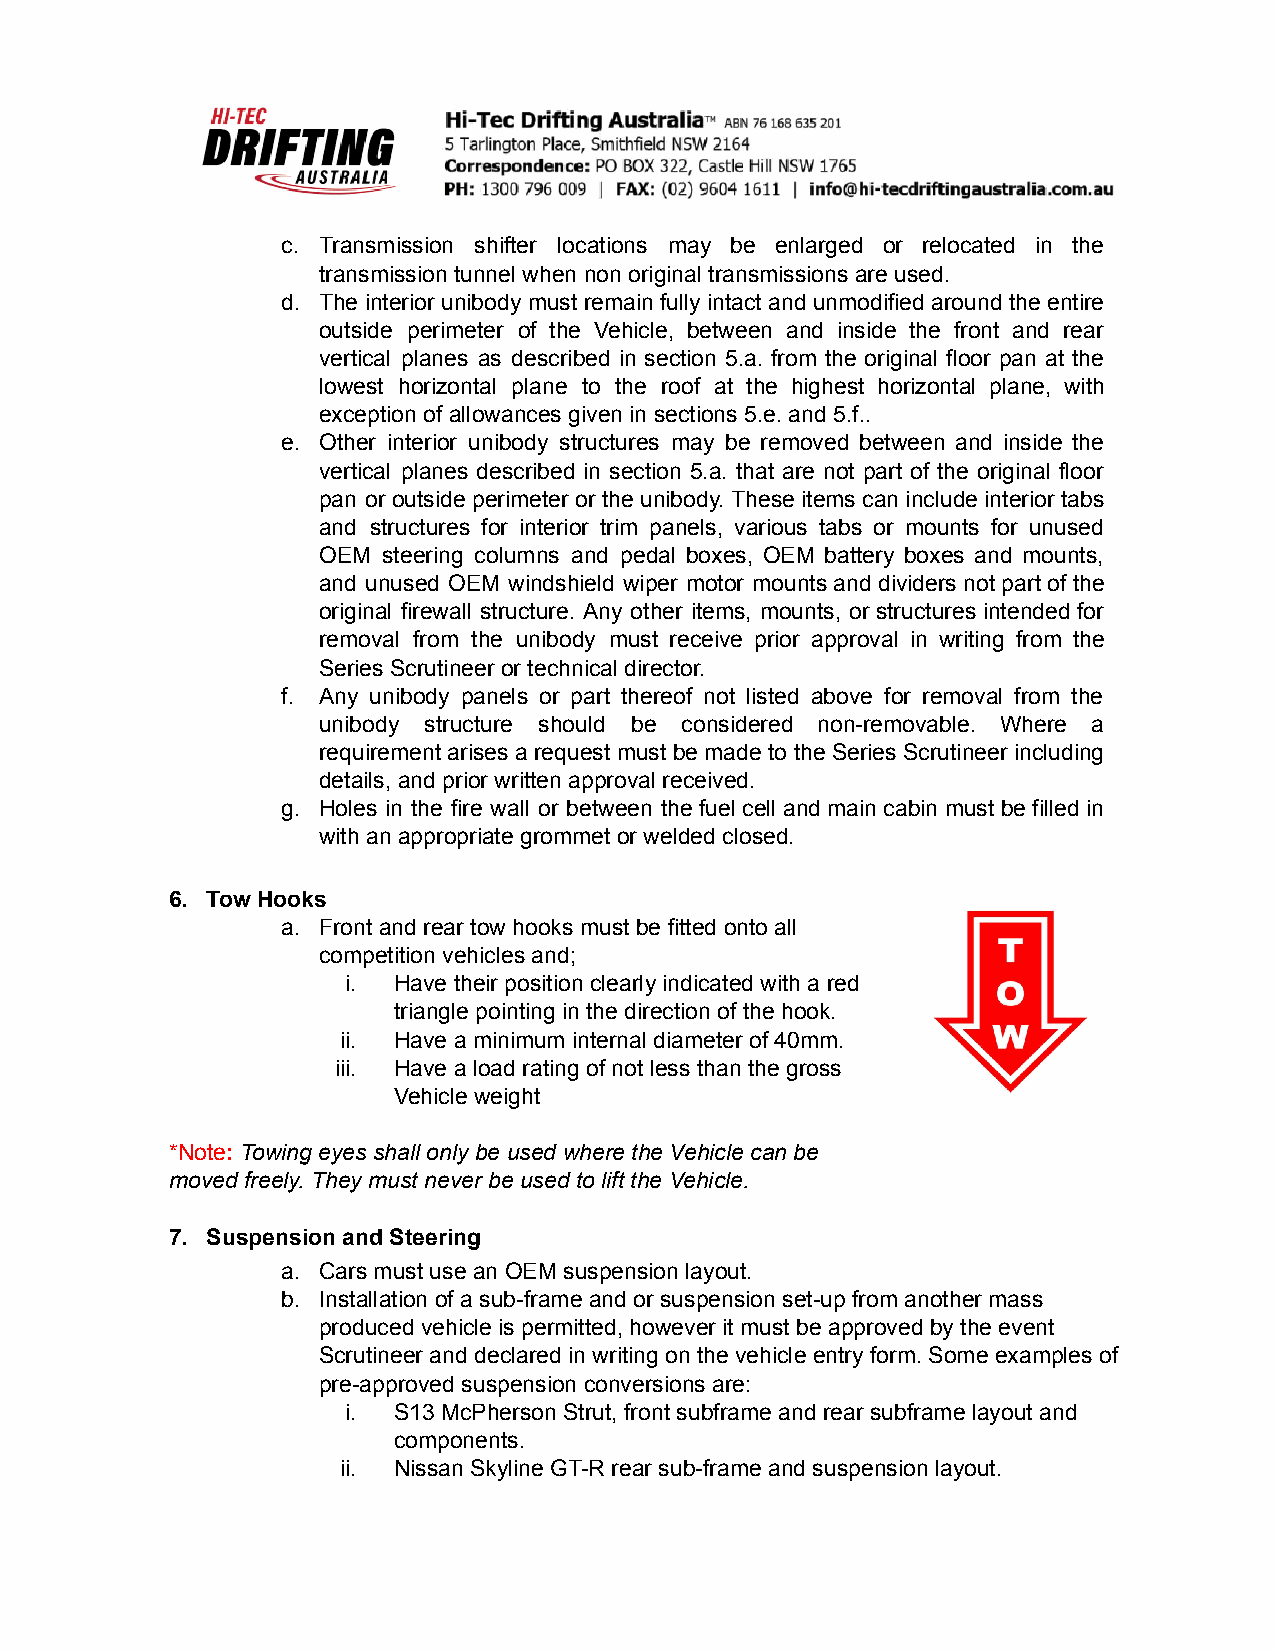
c. Transmission shifter locations may be enlarged or relocated in the
 transmission tunnel when non original transmissions are used.
 d. The interior unibody must remain fully intact and unmodified around the entire
 outside perimeter of the Vehicle, between and inside the front and rear
 vertical planes as described in section 5.a. from the original floor pan at the
 lowest horizontal plane to the roof at the highest horizontal plane, with
 exception of allowances given in sections 5.e. and 5.f..
 e. Other interior unibody structures may be removed between and inside the
 vertical planes described in section 5.a. that are not part of the original floor
 pan or outside perimeter or the unibody. These items can include interior tabs
 and structures for interior trim panels, various tabs or mounts for unused
 OEM steering columns and pedal boxes, OEM battery boxes and mounts,
 and unused OEM windshield wiper motor mounts and dividers not part of the
 original firewall structure. Any other items, mounts, or structures intended for
 removal from the unibody must receive prior approval in writing from the
 Series Scrutineer or technical director.
 f. Any unibody panels or part thereof not listed above for removal from the
 unibody structure should be considered non-removable. Where a
 requirement arises a request must be made to the Series Scrutineer including
 details, and prior written approval received.
 g. Holes in the fire wall or between the fuel cell and main cabin must be filled in
 with an appropriate grommet or welded closed.
 6. Tow Hooks
 a. Front and rear tow hooks must be fitted onto all
 competition vehicles and;
 i. Have their position clearly indicated with a red
 triangle pointing in the direction of the hook.
 ii. Have a minimum internal diameter of 40mm.
 iii. Have a load rating of not less than the gross
 Vehicle weight
 *Note: Towing eyes shall only be used where the Vehicle can be
 moved freely. They must never be used to lift the Vehicle.
 7. Suspension and Steering
 a. Cars must use an OEM suspension layout.
 b. Installation of a sub-frame and or suspension set-up from another mass
 produced vehicle is permitted, however it must be approved by the event
 Scrutineer and declared in writing on the vehicle entry form. Some examples of
 pre-approved suspension conversions are:
 i. S13 McPherson Strut, front subframe and rear subframe layout and
 components.
 ii. Nissan Skyline GT-R rear sub-frame and suspension layout.